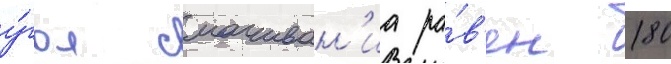
у́гол смачиван'иа ра́в'ен 180